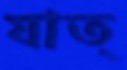
যাত্